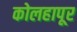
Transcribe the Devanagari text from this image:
कोलहापूर